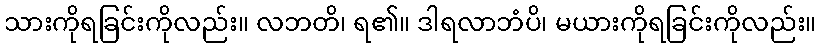
သားကိုရခြင်းကိုလည်း။ လဘတိ၊ ရ၏။ ဒါရလာဘံပိ၊ မယားကိုရခြင်းကိုလည်း။